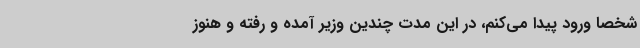
شخصاً ورود پیدا می‌کنم، در این مدت چندین وزیر آمده و رفته و هنوز